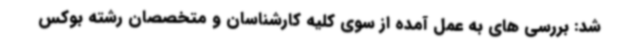
شد: بررسی های به عمل آمده از سوی کلیه کارشناسان و متخصصان رشته بوکس